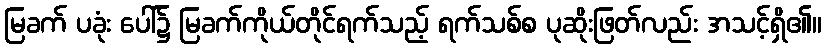
မြခက် ပခုံး ပေါ်၌ မြခက်ကိုယ်တိုင်ရက်သည့် ရက်သစ်စ ပုဆိုးဖြတ်လည်း အသင့်ရှိ၏။